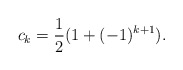
\begin{align*}c_k = \frac{1}{2}(1 + (-1)^{k+1}).\end{align*}